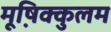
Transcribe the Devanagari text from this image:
मूष़िक्कुलम